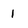
Character: 1